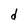
Character: d